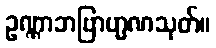
ဥဏ္ဏာဘဗြာဟ္မဏသုတ်။